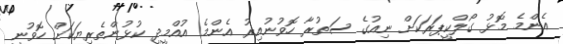
އެންމެ މޮޅު ގޯލްކީޕަރަކަށް ނިއުގެ ސަތުރާ ހޮވުނުއިރު އެންމެ އުއްމީދީ ކުޅުންތެރިޔަކަށް ހޮވުނީ